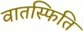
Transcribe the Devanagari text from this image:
वातस्फिति